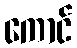
ကောင်